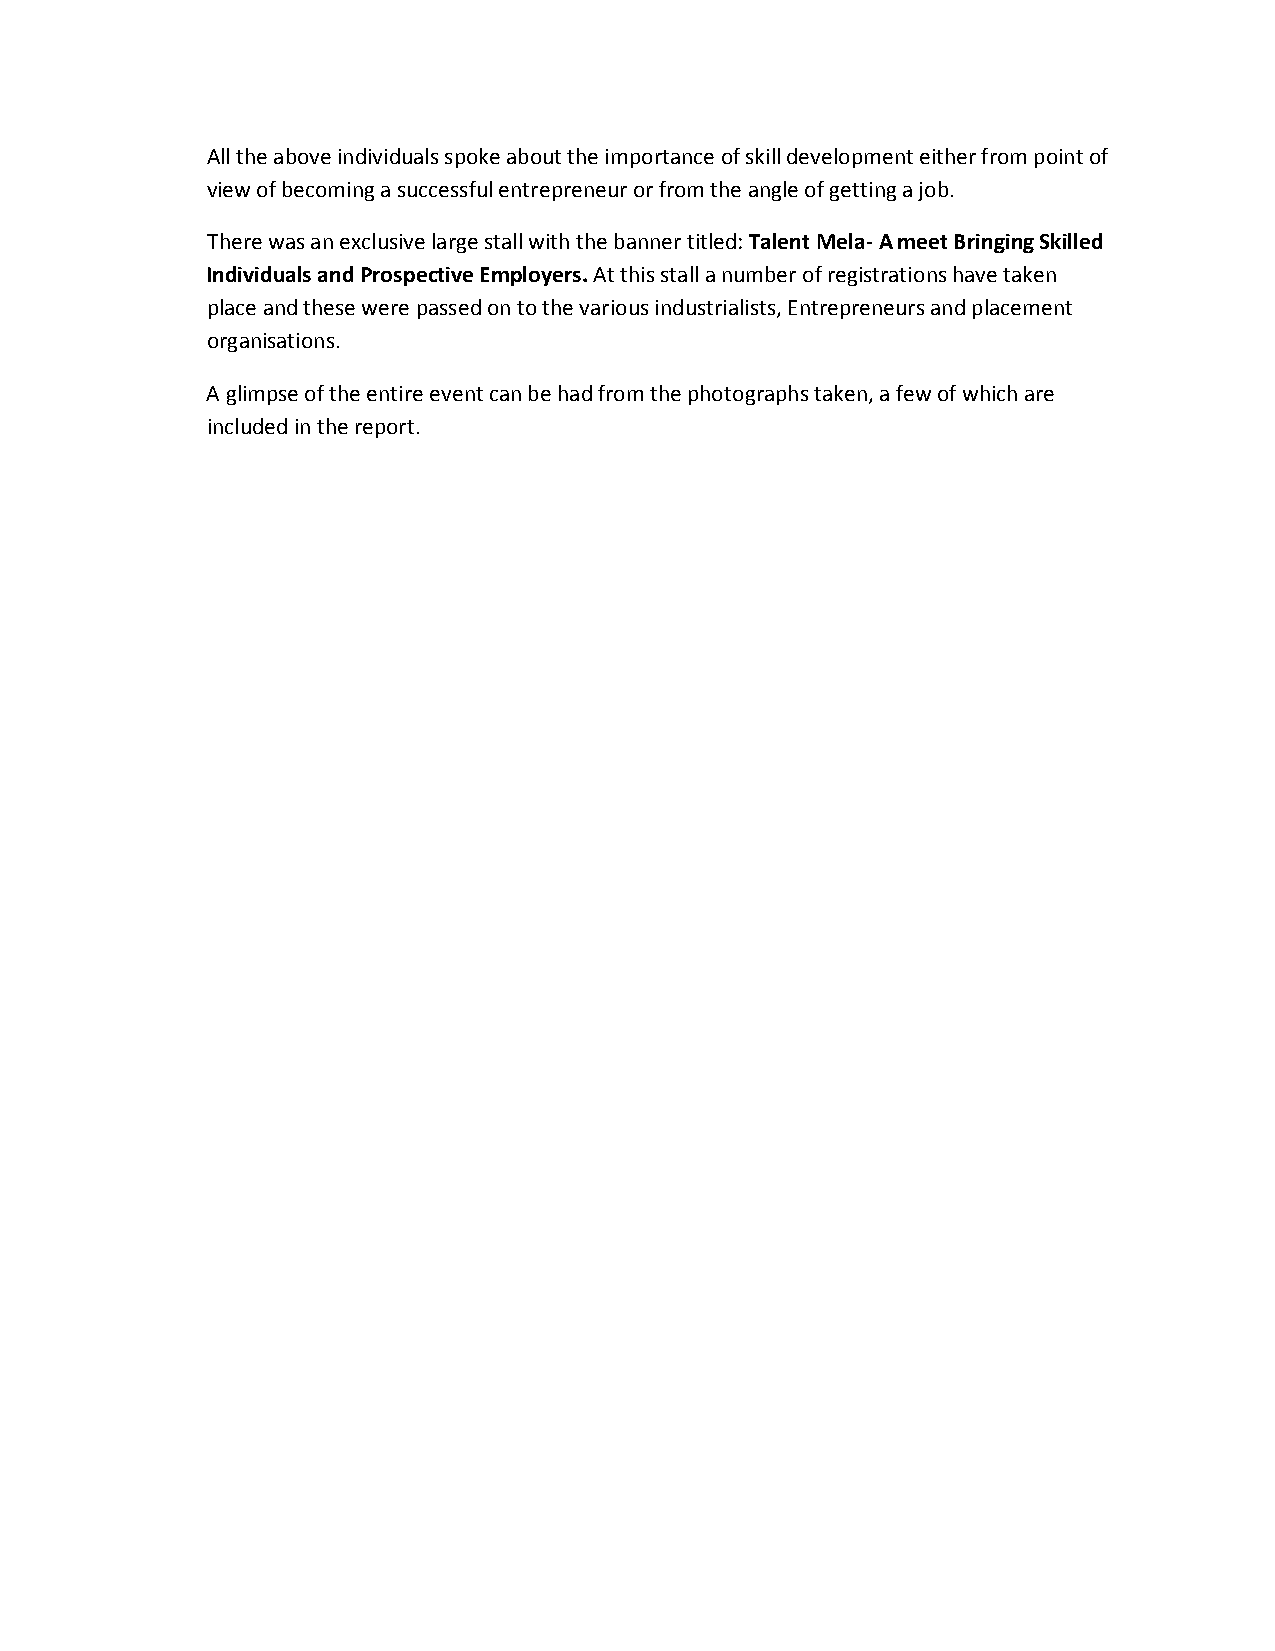
All the above individuals spoke about the importance of skill development either from point of
 view of becoming a successful entrepreneur or from the angle of getting a job.
 There was an exclusive large stall with the banner titled: Talent Mela- A meet Bringing Skilled
 Individuals and Prospective Employers. At this stall a number of registrations have taken
 place and these were passed on to the various industrialists, Entrepreneurs and placement
 organisations.
 A glimpse of the entire event can be had from the photographs taken, a few of which are
 included in the report.